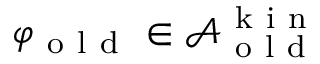
\varphi _ { \mathrm { ~ o ~ l ~ d ~ } } \in \mathcal { A } _ { \mathrm { ~ o ~ l ~ d ~ } } ^ { \mathrm { ~ k ~ i ~ n ~ } }